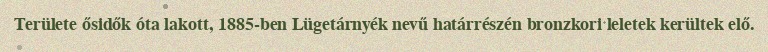
Területe ősidők óta lakott, 1885-ben Lügetárnyék nevű határrészén bronzkori leletek kerültek elő.